Pusta,_Kaarel_Robert, lk 5
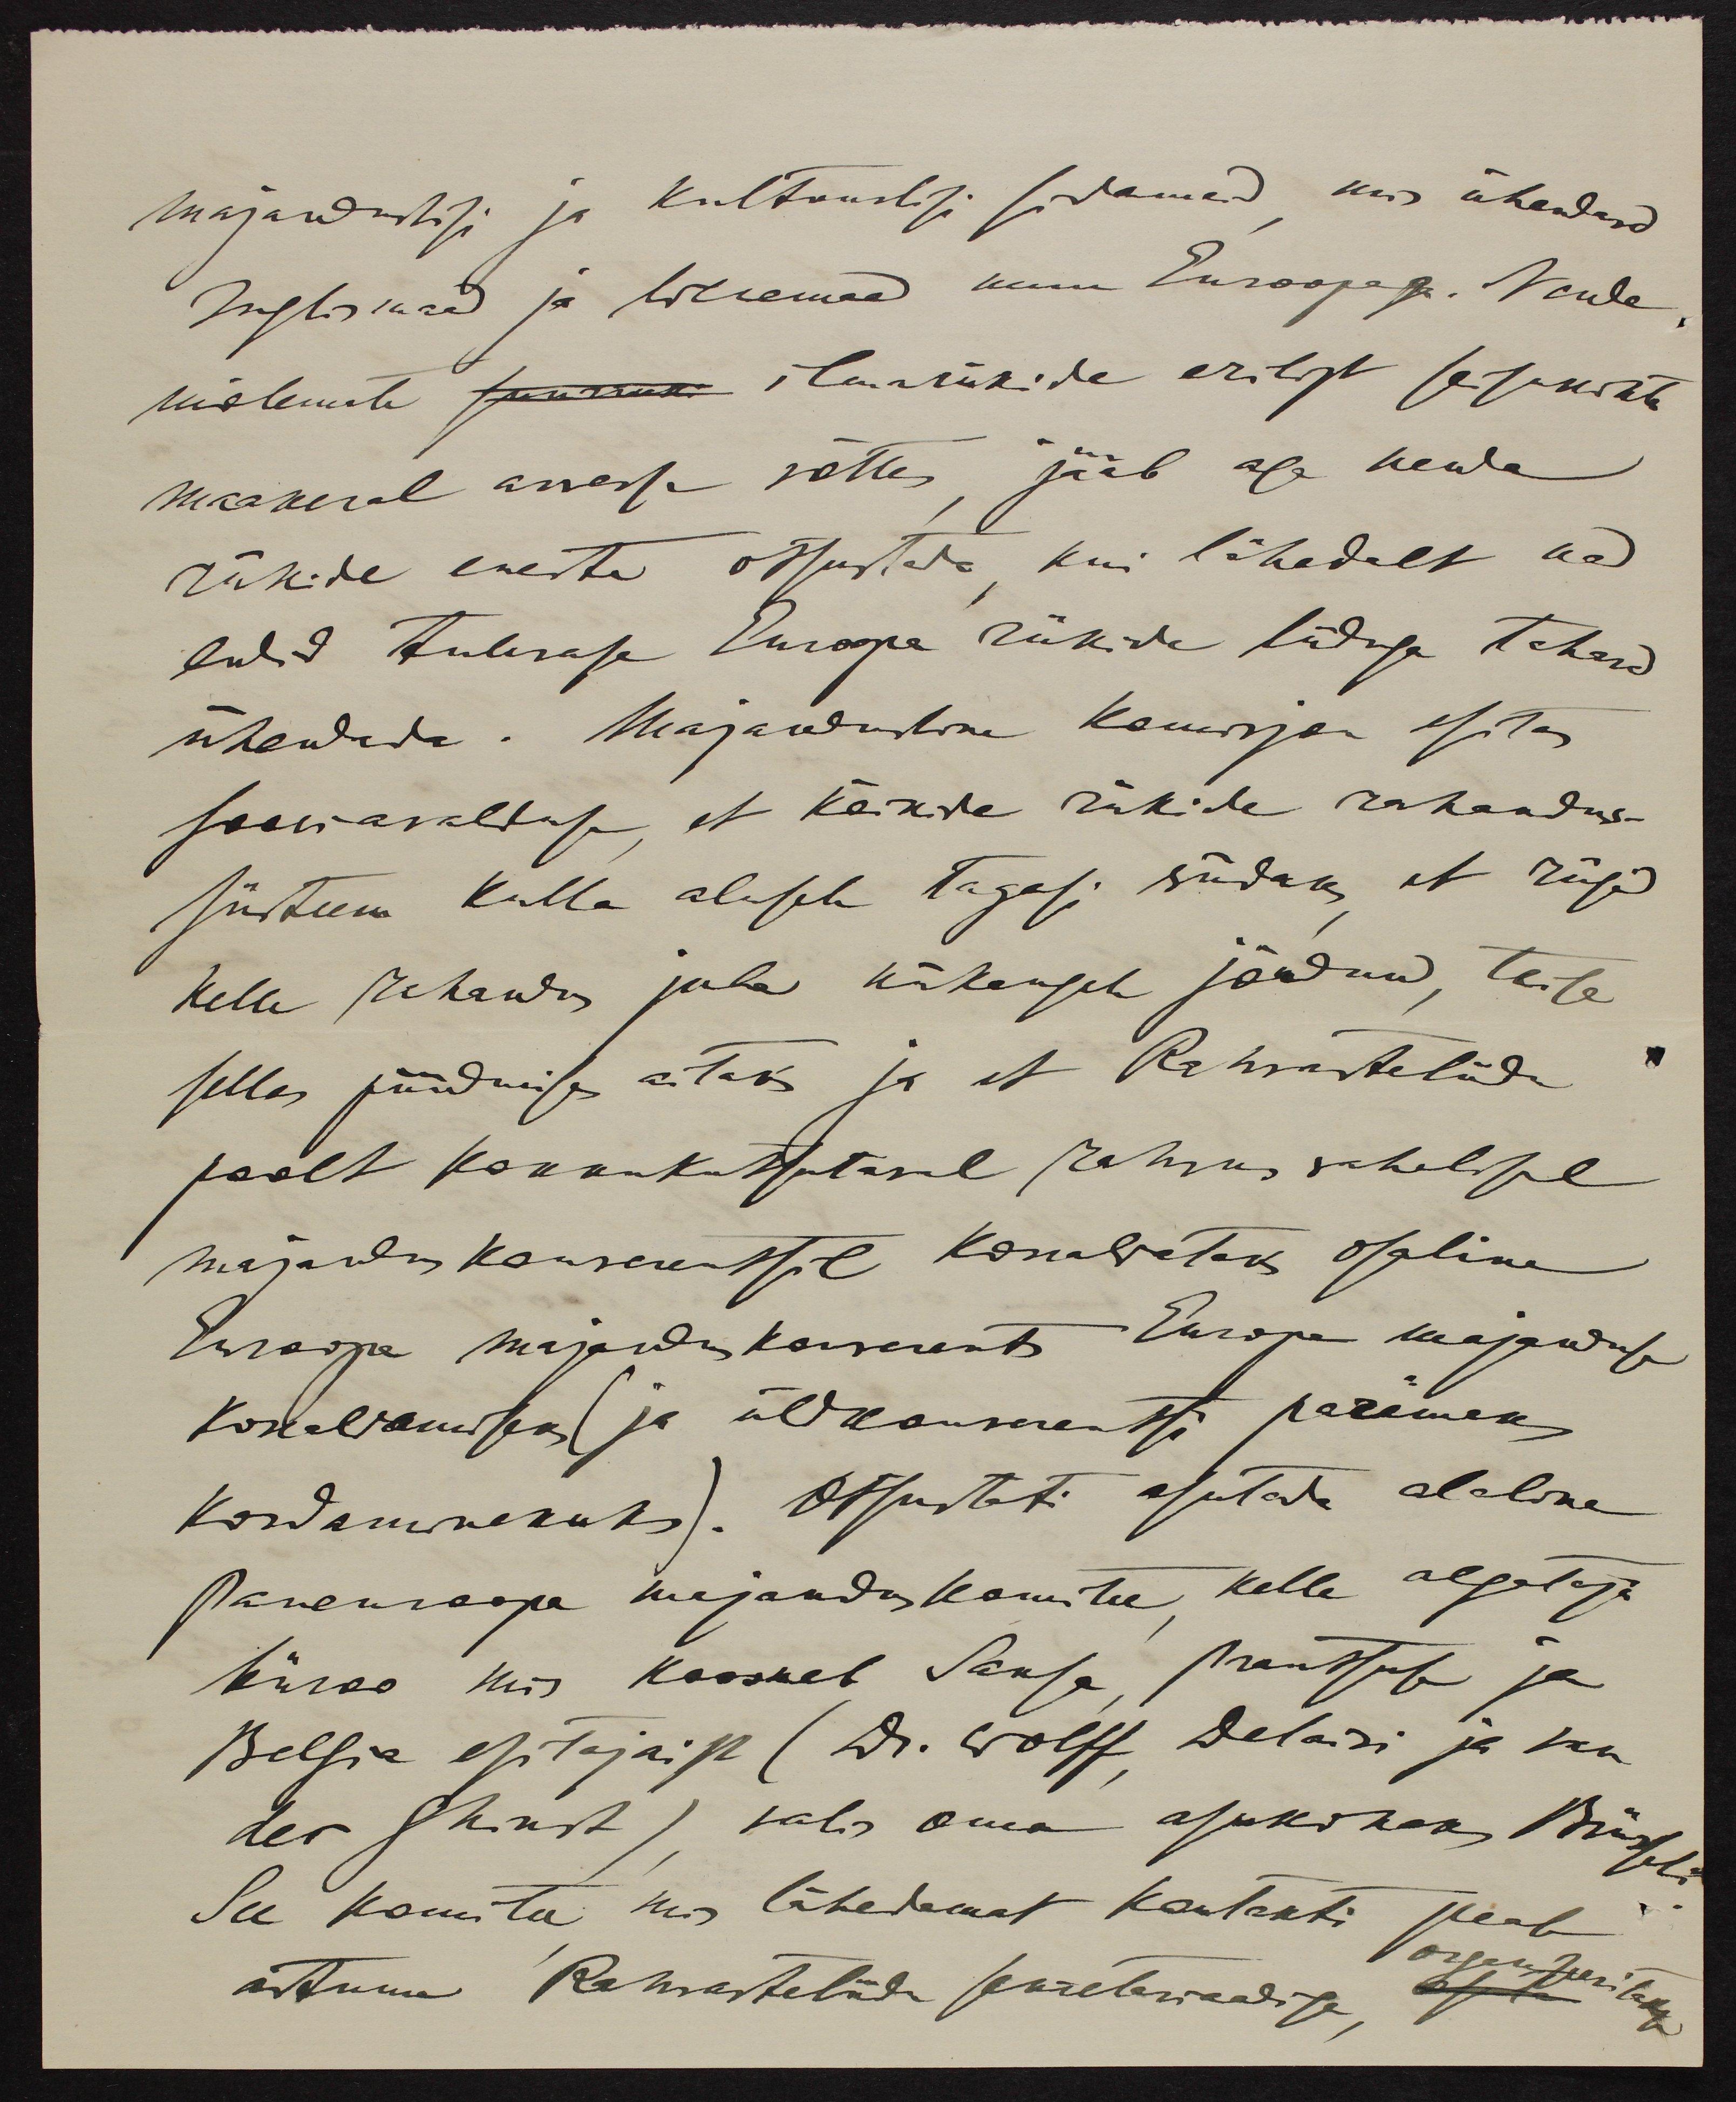
majanduslisi ja kultuurilisi sidemed, mis ühendand
Inglismaad ja Wenemaad muu Euroopaga. Nende
mõlemate suurma ilmariikide erilist seisukorda
maakeral arvesse võttes, jääb aga nende
riikide eneste otsustada, kui lähedalt nad
endid tulevase Euroopa riikide liiduga tahavad
ühendada. Majandusline komisjon esitas
sooviavalduse, et kõikde riikide rahanduse
süsteem kulla alusele tagasi viidaks, et riigid
kelle rahandus juba niikaugele jõudnud, teisi
selles püüdmises aitaks ja et Rahvasteliidu
poolt kokkukutsutaval rahvusvahelisel
majaduskonverentsil korraldataks osaline
Euroopa majanduskonverents Europa majanduse
korraldamiseks (ja üldkonverentsi paremaks
kordaminekuks). Otsustati asutada alaline
Paneuroopa majanduskomitee, kelle algataja
büroo mis koosseb Saksa, Prantsuse ja
Belgia esitajaist (Dr. Wolff, Delaisi ja van
der Shinst), valis oma asukohaks Brüsseli.
See komitee mis lähedamat kontakti peab
astuma Rahvasteliidu sekretariaadiga,
organiseeritakse